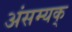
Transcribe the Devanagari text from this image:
अंसम्यक्